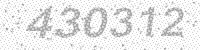
Solution: 430312